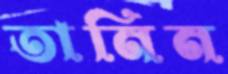
তানিন